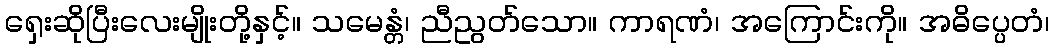
ရှေးဆိုပြီးလေးမျိုးတို့နှင့်။ သမေန္တံ၊ ညီညွတ်သော။ ကာရဏံ၊ အကြောင်းကို။ အဓိပ္ပေတံ၊